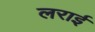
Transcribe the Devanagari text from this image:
लराई